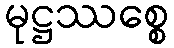
မုဋ္ဌဿစ္စေ